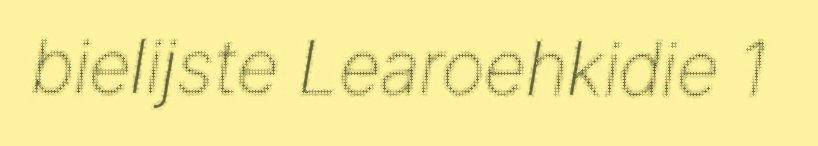
bielijste Learoehkidie 1